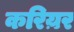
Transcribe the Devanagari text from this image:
करिय़र